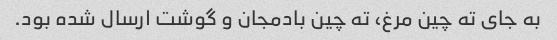
به جای ته چین مرغ، ته چین بادمجان و گوشت ارسال شده بود.